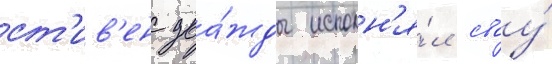
ст'ив'енс два́жды исполн'я́л своу́